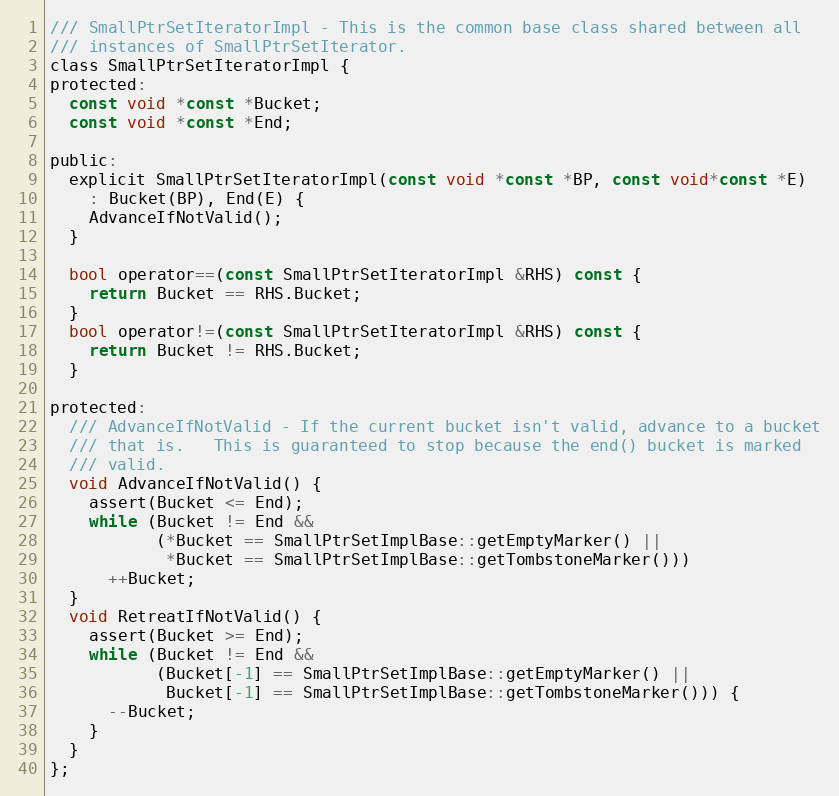
Language: C
/// SmallPtrSetIteratorImpl - This is the common base class shared between all
/// instances of SmallPtrSetIterator.
class SmallPtrSetIteratorImpl {
protected:
  const void *const *Bucket;
  const void *const *End;

public:
  explicit SmallPtrSetIteratorImpl(const void *const *BP, const void*const *E)
    : Bucket(BP), End(E) {
    AdvanceIfNotValid();
  }

  bool operator==(const SmallPtrSetIteratorImpl &RHS) const {
    return Bucket == RHS.Bucket;
  }
  bool operator!=(const SmallPtrSetIteratorImpl &RHS) const {
    return Bucket != RHS.Bucket;
  }

protected:
  /// AdvanceIfNotValid - If the current bucket isn't valid, advance to a bucket
  /// that is.   This is guaranteed to stop because the end() bucket is marked
  /// valid.
  void AdvanceIfNotValid() {
    assert(Bucket <= End);
    while (Bucket != End &&
           (*Bucket == SmallPtrSetImplBase::getEmptyMarker() ||
            *Bucket == SmallPtrSetImplBase::getTombstoneMarker()))
      ++Bucket;
  }
  void RetreatIfNotValid() {
    assert(Bucket >= End);
    while (Bucket != End &&
           (Bucket[-1] == SmallPtrSetImplBase::getEmptyMarker() ||
            Bucket[-1] == SmallPtrSetImplBase::getTombstoneMarker())) {
      --Bucket;
    }
  }
};